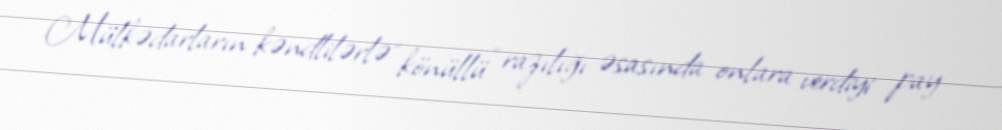
Mülkədarların kəndlilərlə “könüllü” razılığı əsasında onlara verdiyi pay